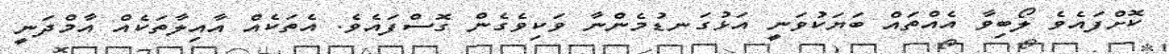
ކޮށްފައެވެ ލޯބިވާ އެއްތައް ބަޔަކުވަނީ އަޅުގަނޑުމެންނާ ވަކިވެގެން ގޮސްފައެވެ. އެތަކެއް އާއިލާތަކެއް އާމްދަނީ